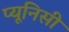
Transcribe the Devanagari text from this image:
प्यूनिसी